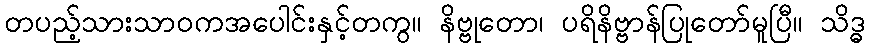
တပည့်သားသာဝကအပေါင်းနှင့်တကွ။ နိဗ္ဗုတော၊ ပရိနိဗ္ဗာန်ပြုတော်မူပြီ။ သိဒ္ဓ